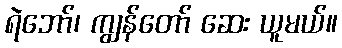
ရဲဘော်၊ ကျွန်တော် ဆေး ယူမယ်။